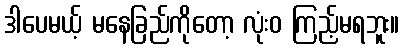
ဒါပေမယ့် မနေခြည်ကိုတော့ လုံးဝ ကြည့်မရဘူး။